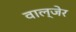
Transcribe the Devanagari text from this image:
वाल्जेर